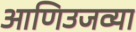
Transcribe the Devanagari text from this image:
आणिउजव्या